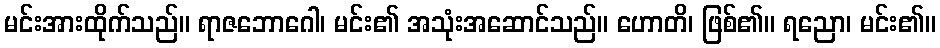
မင်းအားထိုက်သည်။ ရာဇဘောဂေါ၊ မင်း၏ အသုံးအဆောင်သည်။ ဟောတိ၊ ဖြစ်၏။ ရညော၊ မင်း၏။